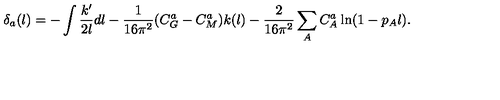
\delta _ { a } ( l ) = - \int \frac { k ^ { \prime } } { 2 l } d l - \frac { 1 } { 1 6 \pi ^ { 2 } } ( C _ { G } ^ { a } - C _ { M } ^ { a } ) k ( l ) - \frac { 2 } { 1 6 \pi ^ { 2 } } \sum _ { A } C _ { A } ^ { a } \ln ( 1 - p _ { A } l ) .